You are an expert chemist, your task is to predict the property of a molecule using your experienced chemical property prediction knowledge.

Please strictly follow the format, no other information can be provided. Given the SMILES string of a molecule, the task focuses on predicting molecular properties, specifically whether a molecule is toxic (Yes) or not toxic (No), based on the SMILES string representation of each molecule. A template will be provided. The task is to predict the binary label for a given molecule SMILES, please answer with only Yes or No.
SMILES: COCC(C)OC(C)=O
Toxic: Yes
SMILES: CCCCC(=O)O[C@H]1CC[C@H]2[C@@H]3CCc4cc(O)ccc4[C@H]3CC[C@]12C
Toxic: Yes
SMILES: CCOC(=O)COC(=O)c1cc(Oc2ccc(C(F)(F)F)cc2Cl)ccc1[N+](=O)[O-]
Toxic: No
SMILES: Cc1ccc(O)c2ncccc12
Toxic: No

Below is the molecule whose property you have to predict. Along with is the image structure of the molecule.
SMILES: CC1COc2c(N3CCN(C)CC3)c(F)cc3c(=O)c(C(=O)O)cn1c23
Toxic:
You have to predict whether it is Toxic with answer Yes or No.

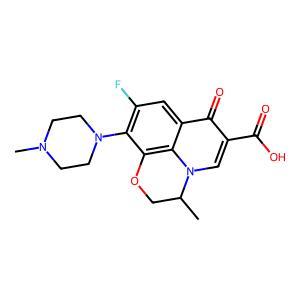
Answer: No